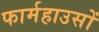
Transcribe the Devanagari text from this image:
फार्महाउसों